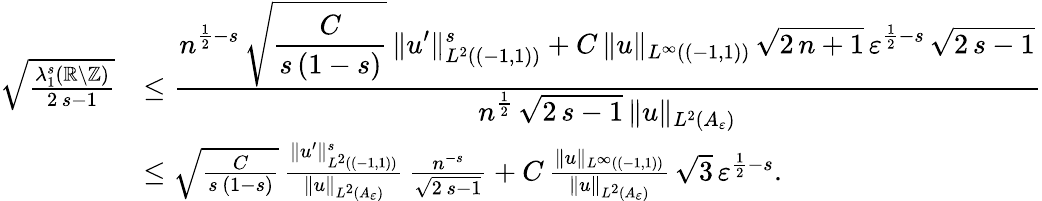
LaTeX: \begin{array}{rl}{\sqrt{\frac{\lambda_{1}^{s}(\mathbb{R}\setminus\mathbb{Z})}{2\, s-1}}}&{\le\frac{\displaystyle n^{\frac{1}{2}-s}\, \sqrt{\frac{C}{s\, (1-s)}}\, \| u^{\prime}\| _{L^{2}((-1,1))}^{s}+C\, \| u\| _{L^{\infty}((-1,1))}\, \sqrt{2\, n+1}\, \varepsilon^{\frac{1}{2}-s}\, \sqrt{2\, s-1}}{\displaystyle n^{\frac{1}{2}}\, \sqrt{2\, s-1}\, \| u\| _{L^{2}(A_{\varepsilon})}}}\\ &{\le\sqrt{\frac{C}{s\, (1-s)}}\, \frac{\| u^{\prime}\| _{L^{2}((-1,1))}^{s}}{\| u\| _{L^{2}(A_{\varepsilon})}}\, \frac{n^{-s}}{\sqrt{2\, s-1}}+C\, \frac{\| u\| _{L^{\infty}((-1,1))}}{\| u\| _{L^{2}(A_{\varepsilon})}}\, \sqrt{3}\, \varepsilon^{\frac{1}{2}-s}.}\end{array}